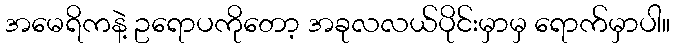
အမေရိကနဲ့ ဥရောပကိုတော့ အခုလလယ်ပိုင်းမှာမှ ရောက်မှာပါ။